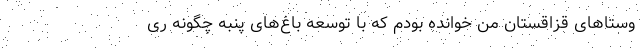
وستاهای قزاقستان من خوانده بودم که با توسعه باغ‌های پنبه چگونه ری